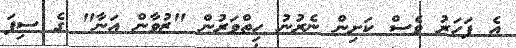
އެ ފަހަރު ވެސް ކަށިން ނެރުނު ހިތްވަރުން "ޒުވާން އަނާ" ގެ ސިފަ